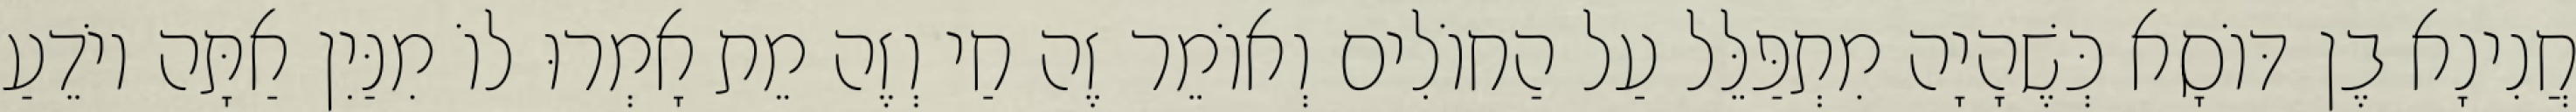
חֲנִינָא בֶן דּוֹסָא כְּשֶׁהָיָה מִתְפַּלֵּל עַל הַחוֹלִים וְאוֹמֵר זֶה חַי וְזֶה מֵת אָמְרוּ לוֹ מִנַּיִן אַתָּה יוֹדֵעַ